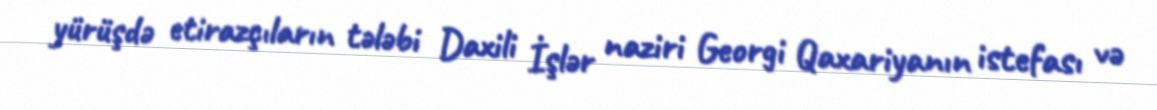
yürüşdə etirazçıların tələbi Daxili İşlər naziri Georgi Qaxariyanın istefası və